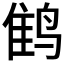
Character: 𲍾